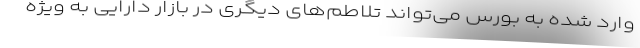
وارد شده به بورس می‌تواند تلاطم‌های دیگری در بازار دارایی به ویژه